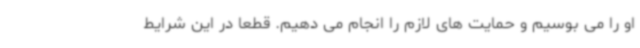
او را می بوسیم و حمایت های لازم را انجام می دهیم. قطعا در این شرایط